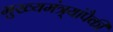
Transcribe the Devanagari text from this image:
मुख्यमंत्र्यांपैकी